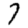
Digit: 7